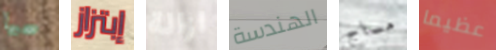
سحبها إبتزاز ازالة الهندسة مساج عظيما